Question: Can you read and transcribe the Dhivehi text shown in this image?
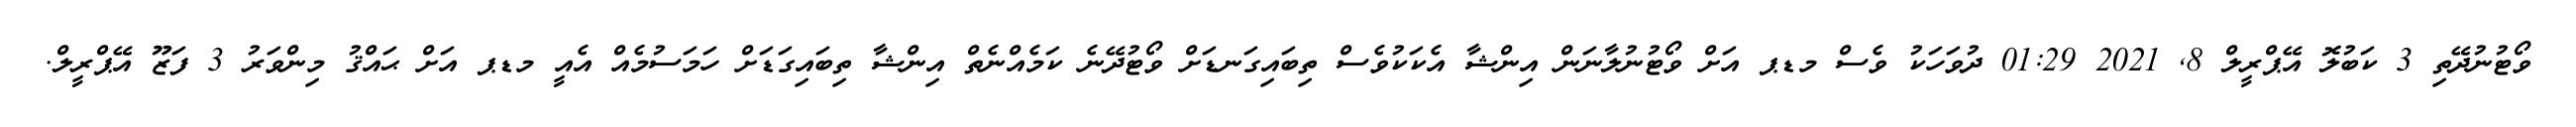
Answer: ވޯޓުނުދޭތި 3 ކަބުލޮ އޭޕްރީލް 8, 2021 01:29 ދުވަހަކު ވެސް މޑޕ އަށް ވޯޓުނުލާނަން އިންޝާ އެކަކުވެސް ތިބައިގަނޑަށް ވޯޓުދޭނެ ކަމެއްނެތް އިންޝާ ތިބައިގަޑަށް ހަމަސުމެއް އެއީ މޑޕ އަށް ޙައްޤު މިންވަރު 3 ފަޒޫ އޭޕްރީލް.